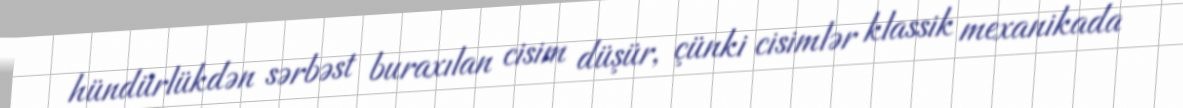
hündürlükdən sərbəst buraxılan cisim düşür, çünki cisimlər klassik mexanikada